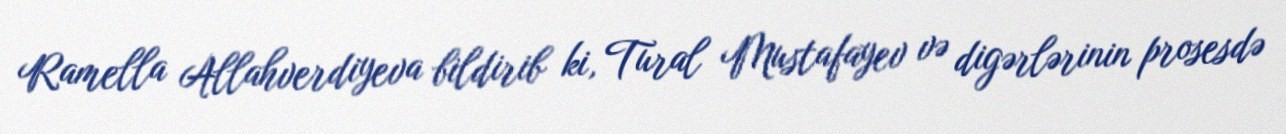
Ramella Allahverdiyeva bildirib ki, Tural Mustafayev və digərlərinin prosesdə